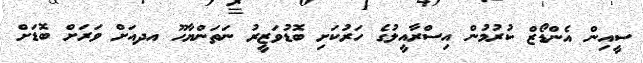
ސީއިން އެންޑޯޒް ކުރުމުން އިސްރާއީލުގެ ހަރުކަށި ބޮޑުވަޒީރު ނަތަންޔާހޫ އދއަށް ވަރަށް ބޮޑަށް